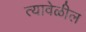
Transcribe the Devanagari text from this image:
त्यावेळील